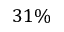
3 1 \%